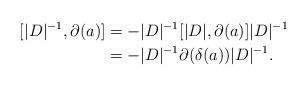
LaTeX: \begin{align*} [|D|^{-1},\partial(a)] &= -|D|^{-1}[|D|,\partial(a)]|D|^{-1}\\ &= -|D|^{-1}\partial(\delta(a))|D|^{-1}. \end{align*}